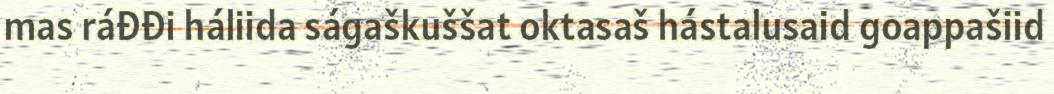
mas ráđđi háliida ságaškuššat oktasaš hástalusaid goappašiid